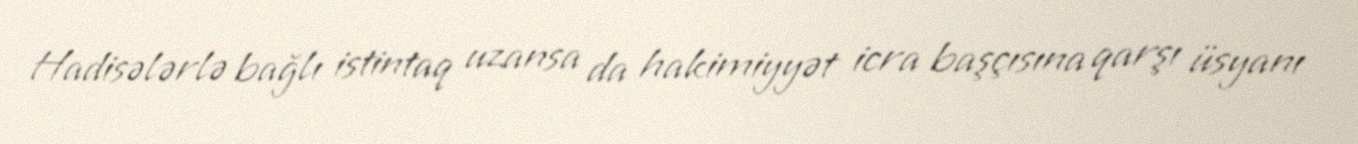
Hadisələrlə bağlı istintaq uzansa da hakimiyyət icra başçısına qarşı üsyanı